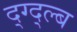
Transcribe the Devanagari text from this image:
द्ग्द्ल्ब